Civil Veterinary Dept. Bombay admin report 1900-1906 - 1900-1906
Year: 1900
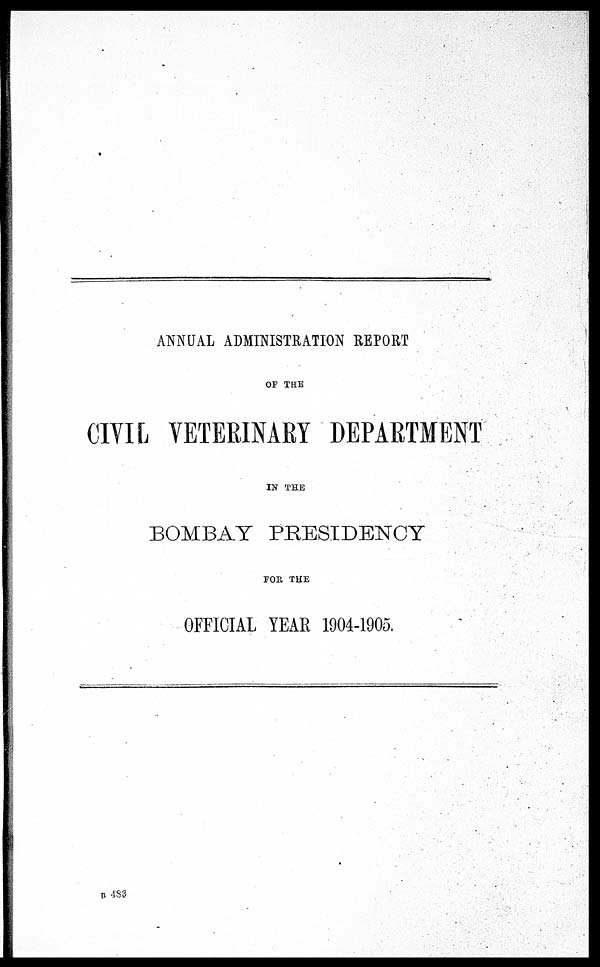
ANNUAL ADMINISTRATION REPORT
OF THE
CIVIL VETERINARY DEPARTMENT
IN THE
BOMBAY PRESIDENCY
FOR THE
OFFICIAL YEAR 1904-1905.
B 483